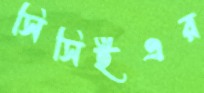
সিসিইএর